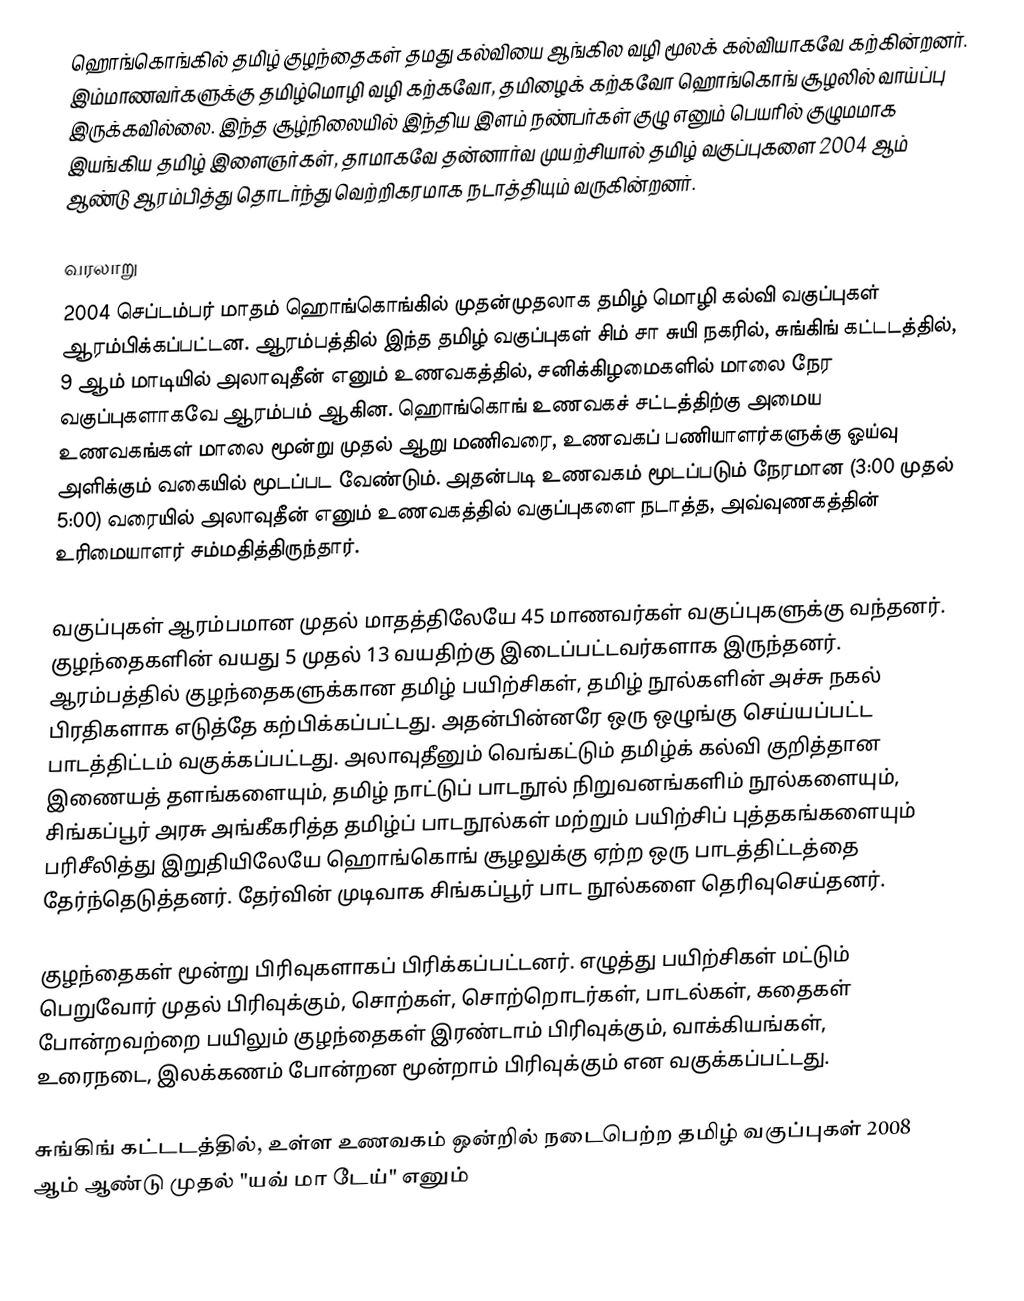
ஹொங்கொங்கில் தமிழ் குழந்தைகள் தமது கல்வியை ஆங்கில வழி மூலக் கல்வியாகவே கற்கின்றனர். இம்மாணவர்களுக்கு தமிழ்மொழி வழி கற்கவோ, தமிழைக் கற்கவோ ஹொங்கொங் சூழலில் வாய்ப்பு இருக்கவில்லை. இந்த சூழ்நிலையில் இந்திய இளம் நண்பர்கள் குழு எனும் பெயரில் குழுமமாக இயங்கிய தமிழ் இளைஞர்கள், தாமாகவே தன்னார்வ முயற்சியால் தமிழ் வகுப்புகளை 2004 ஆம் ஆண்டு ஆரம்பித்து தொடர்ந்து வெற்றிகரமாக நடாத்தியும் வருகின்றனர்.

வரலாறு
2004 செப்டம்பர் மாதம் ஹொங்கொங்கில் முதன்முதலாக தமிழ் மொழி கல்வி வகுப்புகள் ஆரம்பிக்கப்பட்டன. ஆரம்பத்தில் இந்த தமிழ் வகுப்புகள் சிம் சா சுயி நகரில், சுங்கிங் கட்டடத்தில், 9 ஆம் மாடியில் அலாவுதீன் எனும் உணவகத்தில், சனிக்கிழமைகளில் மாலை நேர வகுப்புகளாகவே ஆரம்பம் ஆகின. ஹொங்கொங் உணவகச் சட்டத்திற்கு அமைய உணவகங்கள் மாலை மூன்று முதல் ஆறு மணிவரை, உணவகப் பணியாளர்களுக்கு ஓய்வு அளிக்கும் வகையில் மூடப்பட வேண்டும். அதன்படி உணவகம் மூடப்படும் நேரமான (3:00 முதல் 5:00) வரையில் அலாவுதீன் எனும் உணவகத்தில் வகுப்புகளை நடாத்த, அவ்வுணகத்தின் உரிமையாளர் சம்மதித்திருந்தார்.

வகுப்புகள் ஆரம்பமான முதல் மாதத்திலேயே 45 மாணவர்கள் வகுப்புகளுக்கு வந்தனர். குழந்தைகளின் வயது 5 முதல் 13 வயதிற்கு இடைப்பட்டவர்களாக இருந்தனர். ஆரம்பத்தில் குழந்தைகளுக்கான தமிழ் பயிற்சிகள், தமிழ் நூல்களின் அச்சு நகல் பிரதிகளாக எடுத்தே கற்பிக்கப்பட்டது. அதன்பின்னரே ஒரு ஒழுங்கு செய்யப்பட்ட பாடத்திட்டம் வகுக்கப்பட்டது. அலாவுதீனும் வெங்கட்டும் தமிழ்க் கல்வி குறித்தான இணையத் தளங்களையும், தமிழ் நாட்டுப் பாடநூல் நிறுவனங்களிம் நூல்களையும், சிங்கப்பூர் அரசு அங்கீகரித்த தமிழ்ப் பாடநூல்கள் மற்றும் பயிற்சிப் புத்தகங்களையும் பரிசீலித்து இறுதியிலேயே ஹொங்கொங் சூழலுக்கு ஏற்ற ஒரு பாடத்திட்டத்தை தேர்ந்தெடுத்தனர். தேர்வின் முடிவாக சிங்கப்பூர் பாட நூல்களை தெரிவுசெய்தனர்.

குழந்தைகள் மூன்று பிரிவுகளாகப் பிரிக்கப்பட்டனர். எழுத்து பயிற்சிகள் மட்டும் பெறுவோர் முதல் பிரிவுக்கும், சொற்கள், சொற்றொடர்கள், பாடல்கள், கதைகள் போன்றவற்றை பயிலும் குழந்தைகள் இரண்டாம் பிரிவுக்கும், வாக்கியங்கள், உரைநடை, இலக்கணம் போன்றன மூன்றாம் பிரிவுக்கும் என வகுக்கப்பட்டது.

சுங்கிங் கட்டடத்தில், உள்ள உணவகம் ஒன்றில் நடைபெற்ற தமிழ் வகுப்புகள் 2008 ஆம் ஆண்டு முதல் "யவ் மா டேய்" எனும்